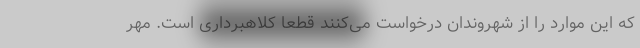
که این موارد را از شهروندان درخواست می‌کنند قطعا کلاهبرداری است. مهر